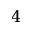
4